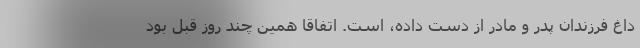
داغ فرزندان پدر و مادر از دست داده، است. اتفاقا همین چند روز قبل بود